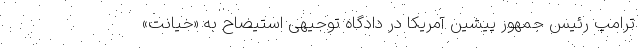
ترامپ رئیس جمهور پیشین آمریکا در دادگاه توجیهی استیضاح به «خیانت»